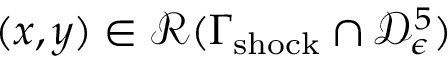
( x , y ) \in \mathcal { R } ( \Gamma _ { \mathrm { s h o c k } } \cap \mathcal { D } _ { \epsilon } ^ { 5 } )